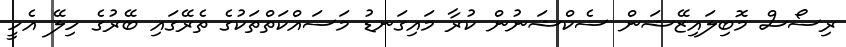
ރިސޯސް މޮބިލައިޒޭޝަން ސެކްޝަނުން ކުރާ މައިގަނޑު މަސައްކަތްތަކުގެ ތެރޭގައި ބޭރުގެ ހިލޭ އެހީ